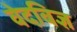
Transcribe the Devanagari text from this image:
वेदविज्ञ